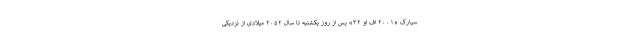
سیارک «۲۰۰۱ اف او ۳۲» پس از روز یکشنبه تا سال ۲۰۵۲ میلادی از نزدیکی